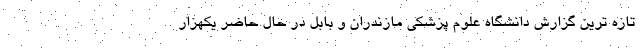
تازه ترین گزارش دانشگاه علوم پزشکی مازندران و بابل در حال حاضر یکهزار